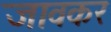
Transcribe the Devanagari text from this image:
जावकर